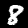
Digit: 8